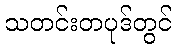
သတင်းတပုဒ်တွင်